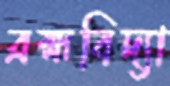
ব্রহ্মবিদ্যা